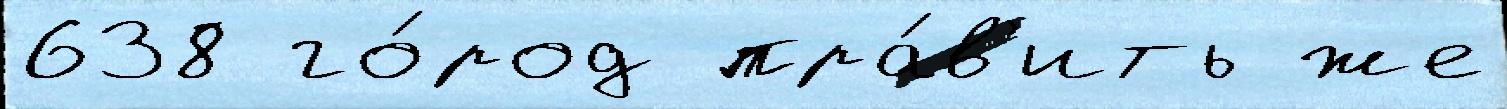
638 го́род пра́в'ить же